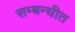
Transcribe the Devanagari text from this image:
सम्बन्धीत